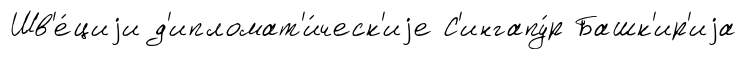
Шв'е́циjи д'ипломат'и́ческ'иjе С'ингапу́р Башк'ир'иjа